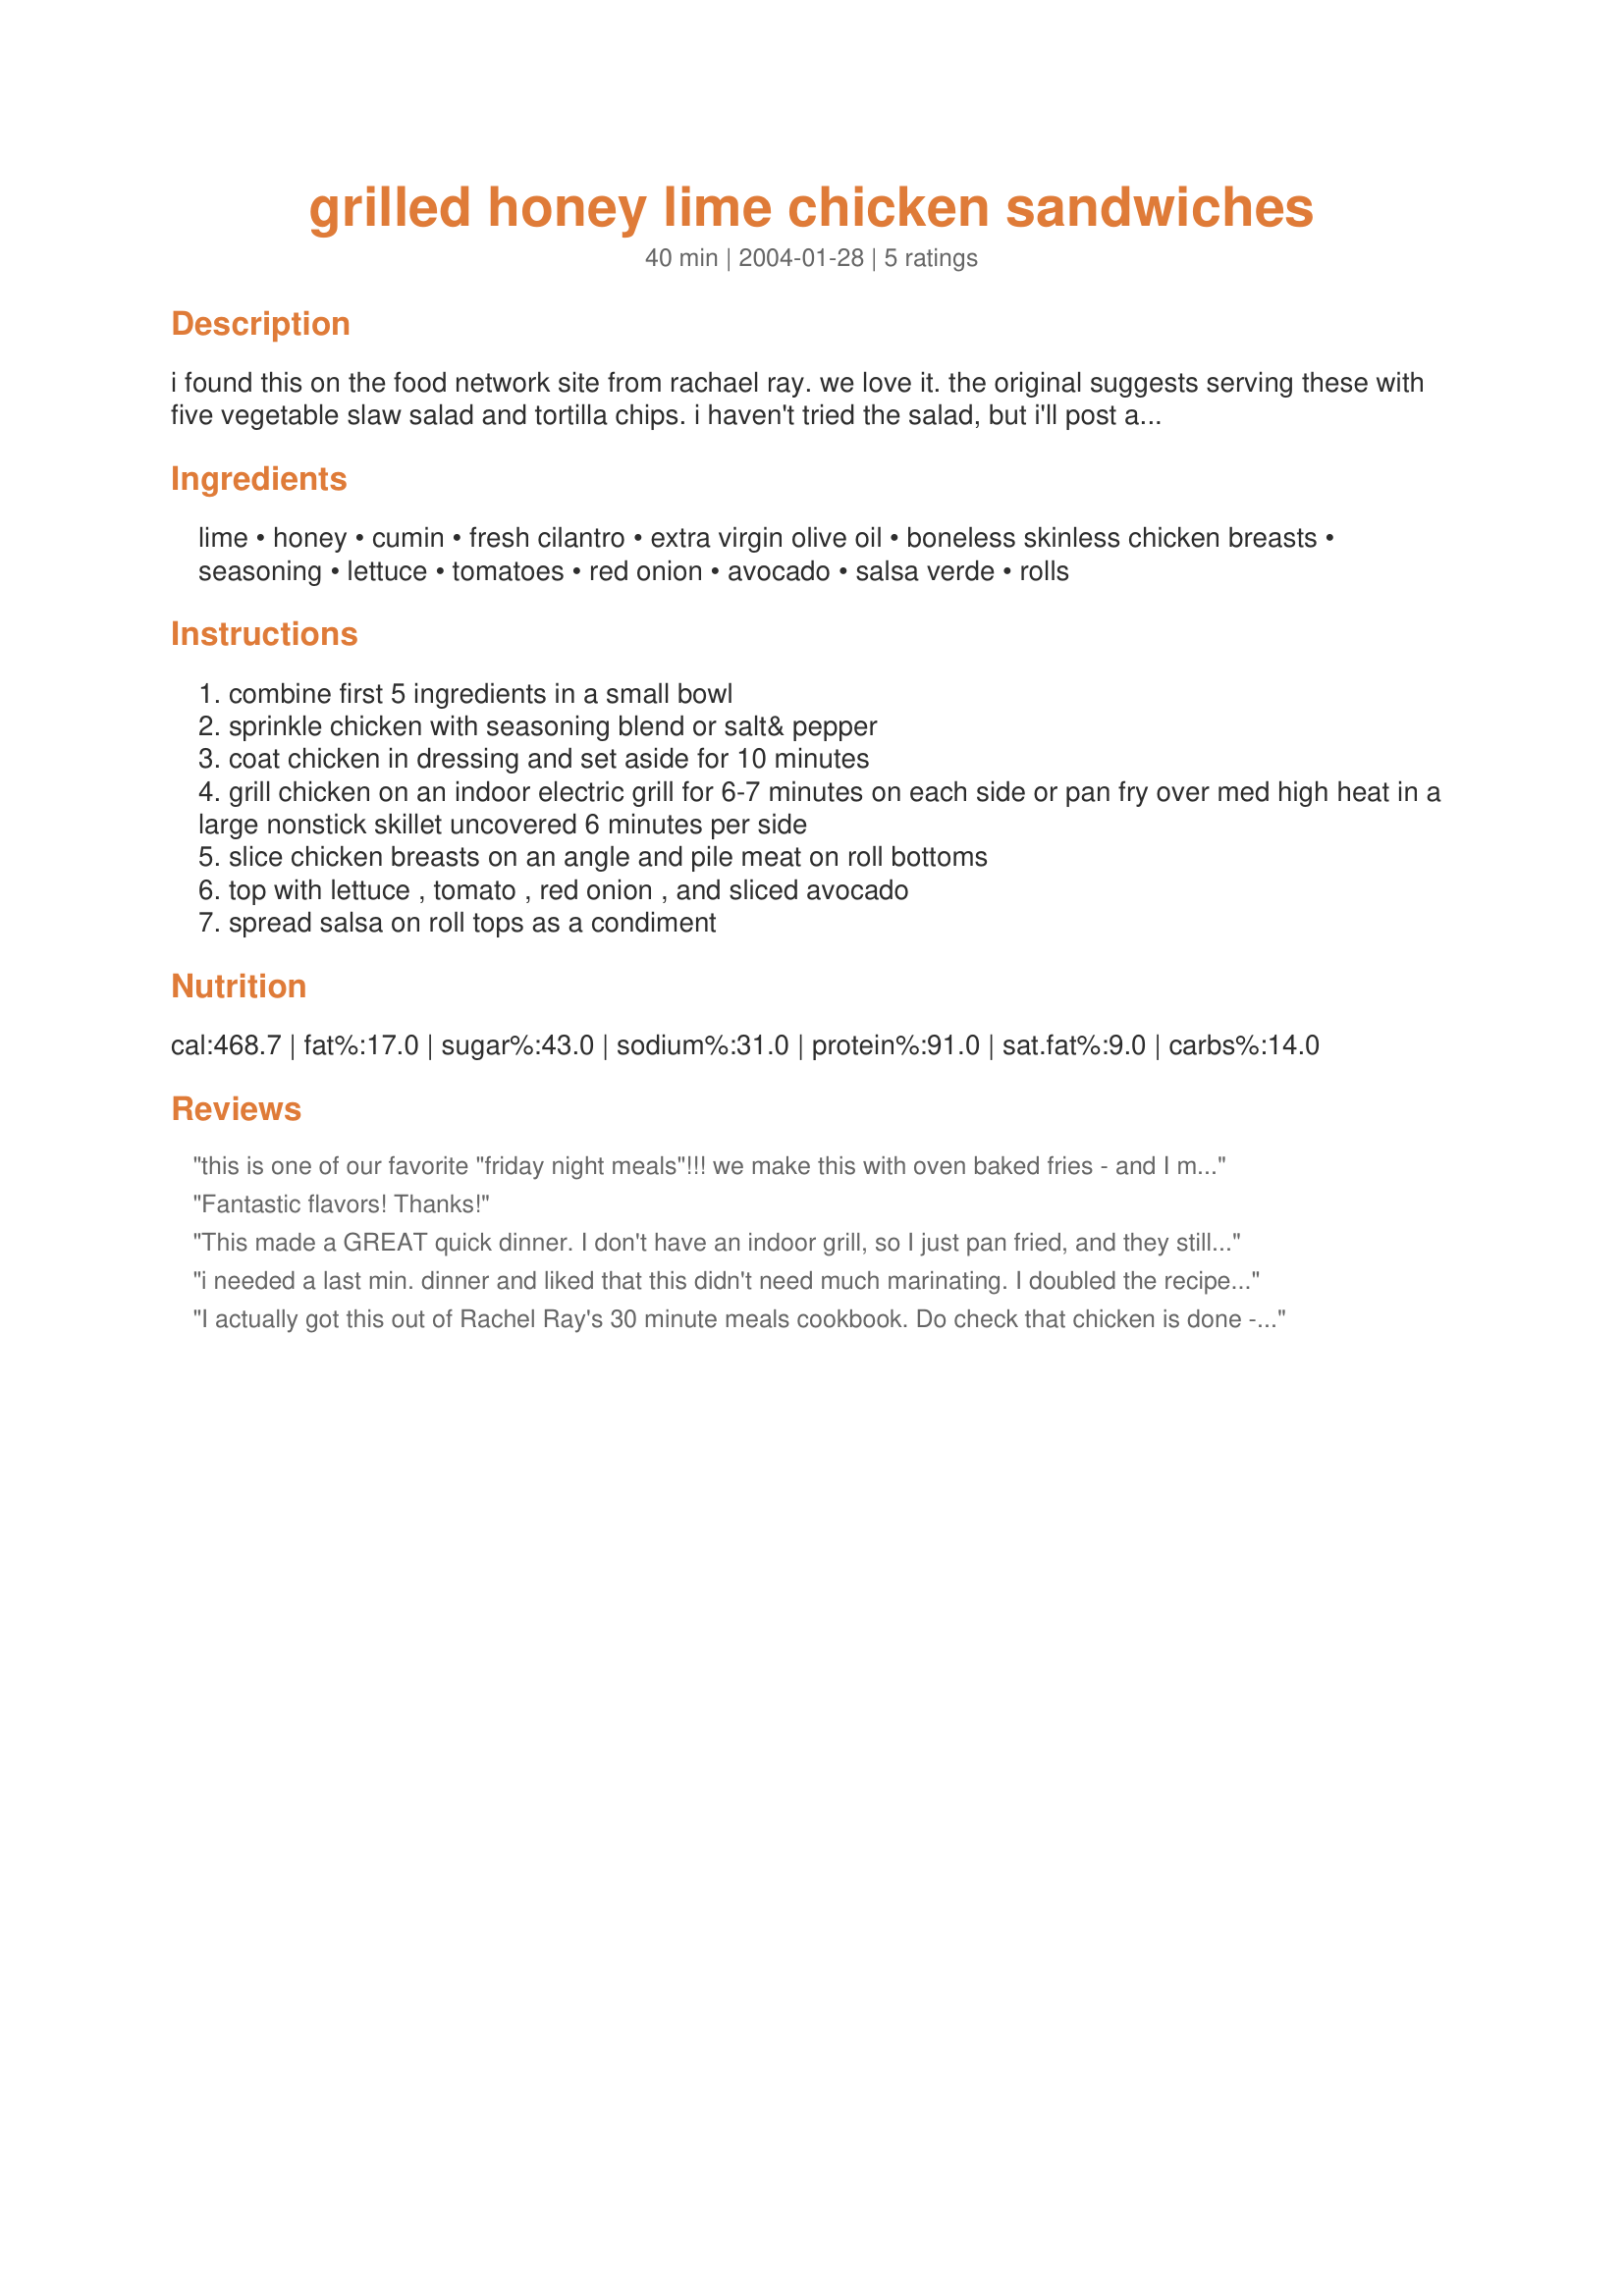
grilled honey lime chicken sandwiches
Preparation time: 40 minutes

i found this on the food network site from rachael ray. we love it. the original suggests serving these with five vegetable slaw salad and tortilla chips. i haven't tried the salad, but i'll post anyway.

Ingredients:
lime, honey, cumin, fresh cilantro, extra virgin olive oil, boneless skinless chicken breasts, seasoning, lettuce, tomatoes, red onion, avocado, salsa verde, rolls

Steps:
combine first 5 ingredients in a small bowl
sprinkle chicken with seasoning blend or salt& pepper
coat chicken in dressing and set aside for 10 minutes
grill chicken on an indoor electric grill for 6-7 minutes on each side or pan fry over med high heat in a large nonstick skillet uncovered 6 minutes per side
slice chicken breasts on an angle and pile meat on roll bottoms
top with lettuce , tomato , red onion , and sliced avocado
spread salsa on roll tops as a condiment

Reviews:
this is one of our favorite "friday night meals"!!! we make this with oven baked fries - and I make a spread for the buns of mayo (lite) and salsa (either green or red, whatever's on hand) - these are easy and they rock!!!!!!
Fantastic flavors! Thanks!
This made a GREAT quick dinner. I don't have an indoor grill, so I just pan fried, and they still were delish. I topped with salsa verde as suggested, and placed on a toasted whole grain bun. Made a nice healthy main course that everyone in the family complimented. Thanks, Shaye.
i needed a last min. dinner and liked that this didn't need much marinating. I doubled the recipe and used Parmesan Italian Dipping Oil (bottle product) because I was out of oils! I marinated for about 20 min. and my grilled chicken was so tender. These turned out SUPERB! I topped mine with guacamole, which was perfect! My whole family enjoyed.Your recipe was a real lifesaver for me tonight! Thanks Shaye.

Roxygirl
I actually got this out of Rachel Ray's 30 minute meals cookbook. Do check that chicken is done - 6 minutes per side wasn't enough. Very "yum-o"! Thanks for posting!
